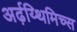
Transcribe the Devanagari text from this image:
अर्ढ़य्थिमिच्स